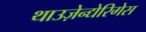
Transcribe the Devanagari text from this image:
थाउज़ेन्द्येरिगेस